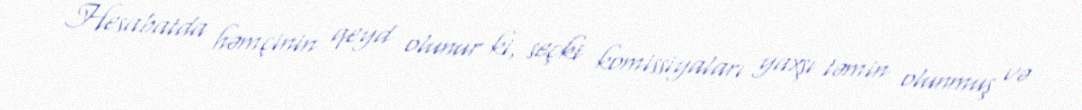
Hesabatda həmçinin qeyd olunur ki, seçki komissiyaları yaxşı təmin olunmuş və